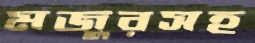
মজুরসহ